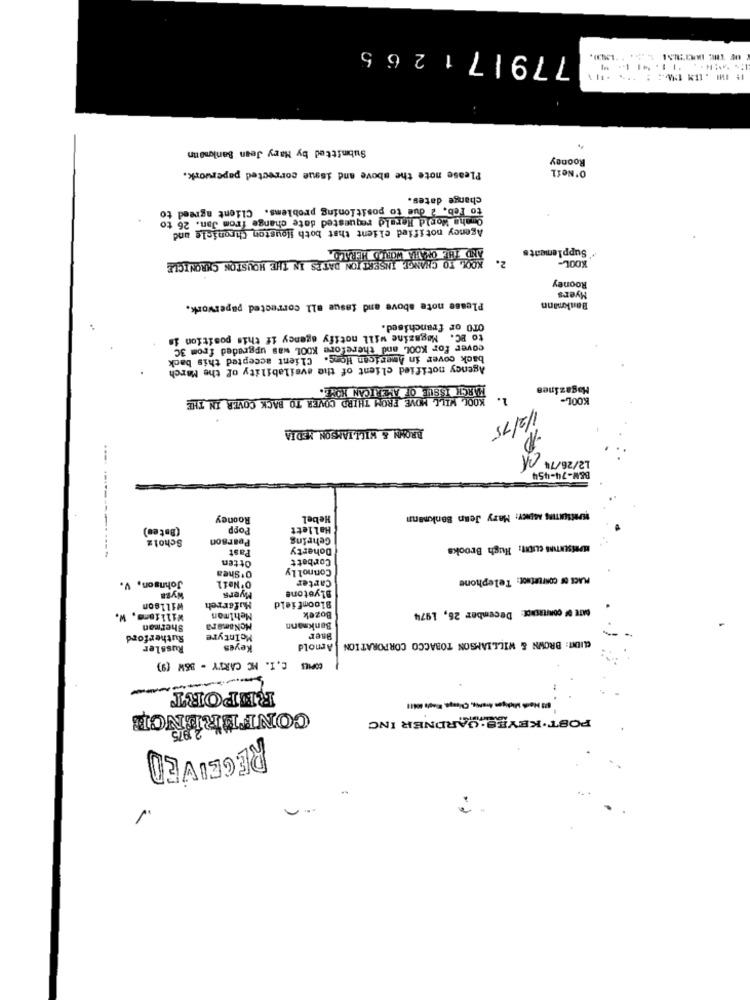
779171265
Submitted by Mary Jean Bankmenn
Rooney
Please note the above and isque corrected paperwork.
O'Neil
change dates.
to Feb. 2 due to positioning problems. Client agreed to
Omaha World Herald requested date change from Jan. 26 t
Agency notified client that both Houston Chronicle and
AND THE OMAWIA WORLD HERALD.
Supplements
KOOL TO CHANGE INSERTION DATES IN THE HOUSTON CHRONICLE
2.
KOOL-
Rooney
Myers
Please note above and issue all corrected paperwork.
Bankmann
OTO or franchised.
to BC. Magazine will notify agency if this position in
cover for KOOL and therefore KOOL was upgraded from 3C
back cover in American Home. Client accepted this back
Agency notified client of the availability of the March
MARCH ISSUE OF AMERICAN NOVE.
Magazines
KOOL WILL MOVE FROM THIRD COVER TO BACK COVER IN THE
1.
KOOL-
BROWN & WILLIAMSON MEDIA
1/2/15
L2/26/74 1
B&W-74-454
Rooney
Hebel
REPRESENTING MAURY: Mary Jean Bankmann
(Batem)
Popp
Hallett
Scholz
Pearson
Gehring
Past
Doherty
MARSUNTING CUICHT: Hugh Brooks
Otten
Corbett
Connolly
O'Shea
Carter
PLACE OF COMPLETEOr: Telephone
Johnson, V.
Blyetone
Wyza
Myers
Willson
Muferreh
Bloomfield
Williams, W.
Mehlmon
Bozek
DATE OF comFERENCE: December 26, 1974
Sherman
MoNamara
Bankmanın
Rutherford
McIntyre
Hner
Russler
Keyes
Arnold
CLIDET: BROWN & WILLIAMSON TOBACCO CORPORATION
COMES C.I. MC CARTY - B&W (9)
REPORT
CONFERENCE
POST .KEYES.GARDNER INC
RECEIVED